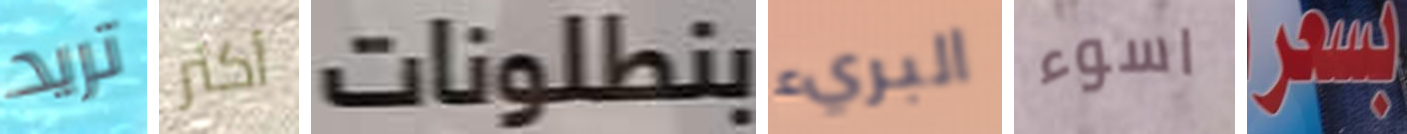
تريد أكثر بنطلونات البريء اسوء بسعر